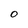
Character: O